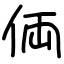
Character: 𠈓